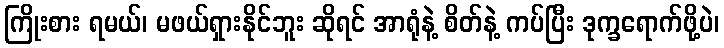
ကြိုးစား ရမယ်၊ မဖယ်ရှားနိုင်ဘူး ဆိုရင် အာရုံနဲ့ စိတ်နဲ့ ကပ်ပြီး ဒုက္ခရောက်ဖို့ပဲ၊